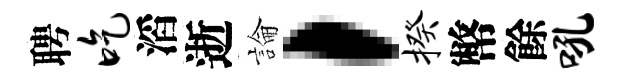
聘吃滔逝論，揆幣餘吼